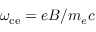
\omega _ { \mathrm { c e } } = e B / m _ { e } c